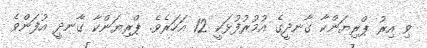
ވި އިރު ޕްރިޔަންކާ ގާނދީގެ އުމުރުފުޅަކީ 12 އަހަރެވެ. ޕްރިޔަންކާ ގާނދީ އުފަންވެ